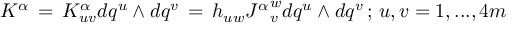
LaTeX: K ^ { \alpha } \, = \, K _ { u v } ^ { \alpha } d q ^ { u } \wedge d q ^ { v } \, = \, h _ { u w } { J ^ { \alpha } } _ { v } ^ { w } d q ^ { u } \wedge d q ^ { v } \, ; \, u , v = 1 , . . . , 4 m